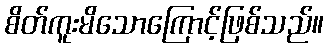
စိတ်ကူးမိသောကြောင့်ဖြစ်သည်။